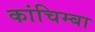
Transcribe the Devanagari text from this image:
कांचिम्बा